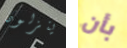
ينزلون بأن